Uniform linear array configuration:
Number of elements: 32
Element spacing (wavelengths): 1
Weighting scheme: uniform
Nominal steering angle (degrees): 60
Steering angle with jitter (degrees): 59.904
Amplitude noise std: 0.05
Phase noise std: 0.05

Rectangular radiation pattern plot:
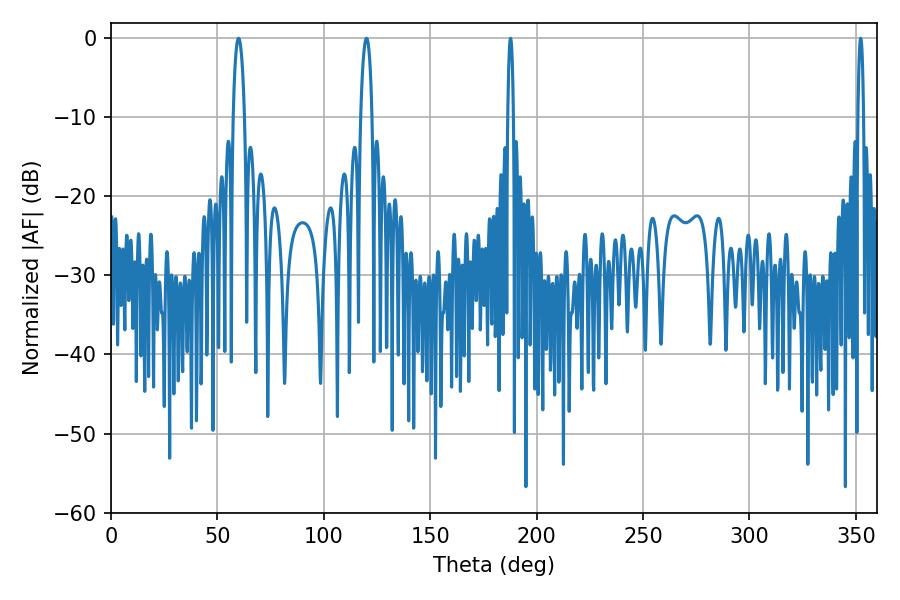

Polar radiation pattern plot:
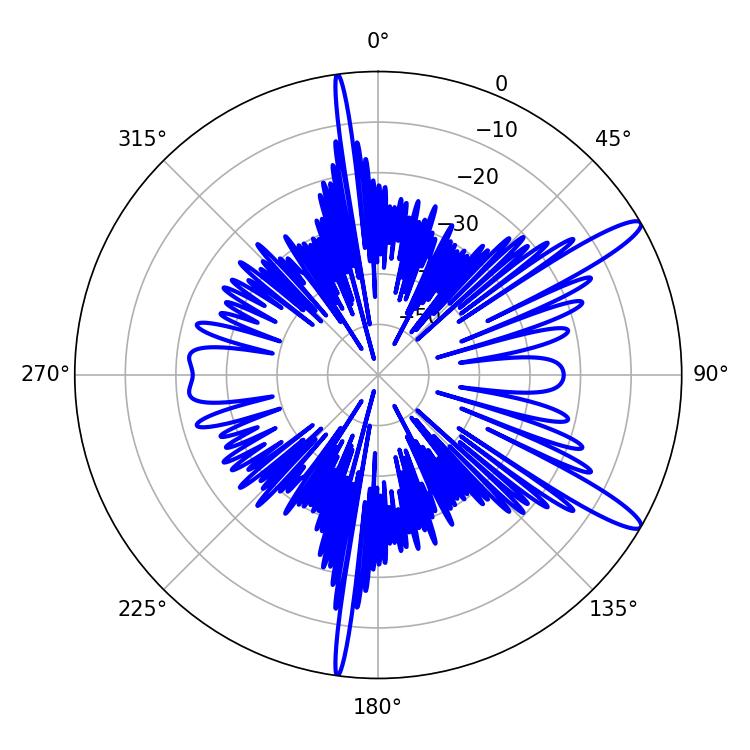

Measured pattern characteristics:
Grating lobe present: TRUE
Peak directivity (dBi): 13.183
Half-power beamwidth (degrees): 2.88
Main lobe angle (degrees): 59.94